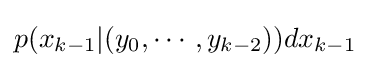
p(x_{k-1}|(y_{0},\cdots ,y_{k-2}))dx_{k-1}